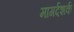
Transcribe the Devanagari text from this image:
मागर्दशर्क